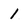
Character: 1